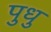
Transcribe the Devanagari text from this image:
पुधु